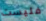
فليست